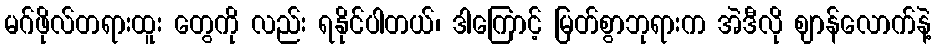
မဂ်ဖိုလ်တရားထူး တွေကို လည်း ရနိုင်ပါတယ်၊ ဒါကြောင့် မြတ်စွာဘုရားက အဲဒီလို ဈာန်လောက်နဲ့